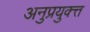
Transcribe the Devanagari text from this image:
अनुप्रयुक्त्त